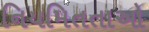
નિયમિતતાઓ